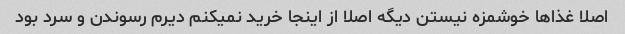
اصلا غذاها خوشمزه نیستن دیگه اصلا از اینجا خرید نمیکنم دیرم رسوندن و سرد بود